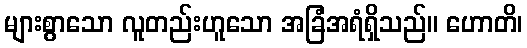
များစွာသော လူတည်းဟူသော အခြံအရံရှိသည်။ ဟောတိ၊